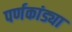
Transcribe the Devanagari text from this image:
पर्णकांड्या